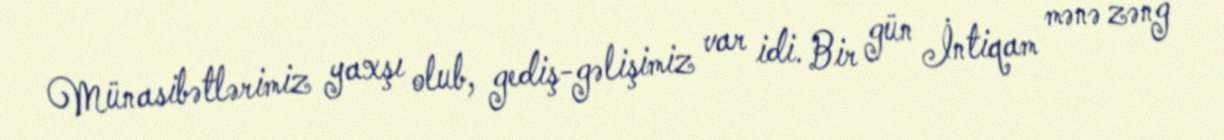
Münasibətlərimiz yaxşı olub, gediş-gəlişimiz var idi. Bir gün İntiqam mənə zəng